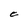
Character: C